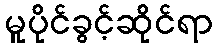
မူပိုင်ခွင့်ဆိုင်ရာ